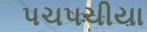
પચ૫ચીયા